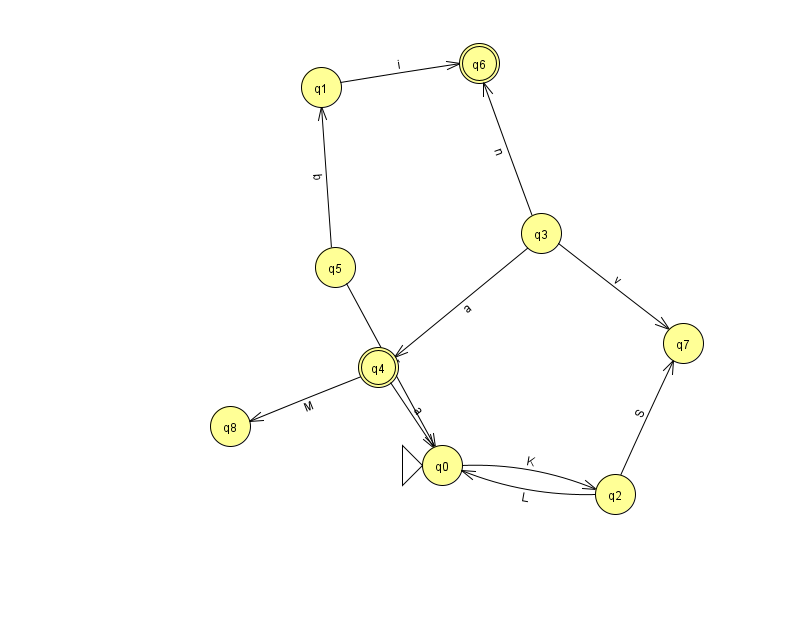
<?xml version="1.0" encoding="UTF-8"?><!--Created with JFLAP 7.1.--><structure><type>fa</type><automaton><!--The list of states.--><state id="0" name="q0"><x>442.0</x><y>452.0</y><initial/></state><state id="1" name="q1"><x>321.0</x><y>74.0</y></state><state id="2" name="q2"><x>615.0</x><y>481.0</y></state><state id="3" name="q3"><x>541.0</x><y>220.0</y></state><state id="4" name="q4"><x>378.0</x><y>354.0</y><final/></state><state id="5" name="q5"><x>335.0</x><y>254.0</y></state><state id="6" name="q6"><x>479.0</x><y>50.0</y><final/></state><state id="7" name="q7"><x>683.0</x><y>330.0</y></state><state id="8" name="q8"><x>230.0</x><y>413.0</y></state><!--The list of transitions.--><transition><from>2</from><to>7</to><read>S</read></transition><transition><from>3</from><to>6</to><read>n</read></transition><transition><from>3</from><to>7</to><read>v</read></transition><transition><from>5</from><to>1</to><read>b</read></transition><transition><from>3</from><to>4</to><read>a</read></transition><transition><from>4</from><to>8</to><read>M</read></transition><transition><from>0</from><to>2</to><read>K</read></transition><transition><from>4</from><to>0</to><read>a</read></transition><transition><from>2</from><to>0</to><read>L</read></transition><transition><from>5</from><to>0</to><read>r</read></transition><transition><from>1</from><to>6</to><read>i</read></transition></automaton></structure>